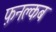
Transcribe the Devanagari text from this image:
फ़नक्लब